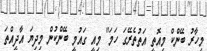
މިހާރު ބޭންކް މިއޮތީ އަތުތެރޭގަ ހަމަ" މިއީ ގައުމީ ބޭންކުން މިދިޔަ އާދީއްތަ